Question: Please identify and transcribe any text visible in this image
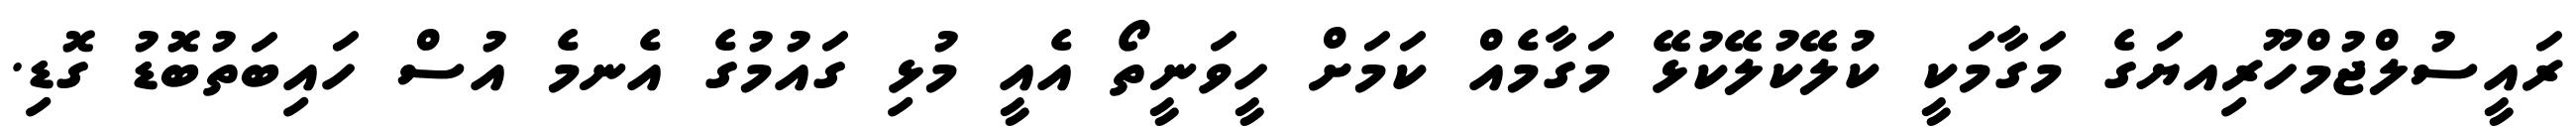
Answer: ރައީސުލްޖުމްހޫރިއޔަގެ މަގާމަކީ ކުލޭކުލޭކުޅޭ މަގާމެއް ކަމަށް ހީވަނީތޯ އެއީ މުޅި ގައުމުގެ އެނމެ އުސް ހައިބަތުބޮޑު ގޮޑި.